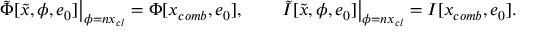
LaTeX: \left. \tilde { \Phi } [ \tilde { x } , \phi , e _ { 0 } ] \right| _ { \phi = n x _ { c l } } = \Phi [ x _ { c o m b } , e _ { 0 } ] , \qquad \left. \tilde { I } [ \tilde { x } , \phi , e _ { 0 } ] \right| _ { \phi = n x _ { c l } } = I [ x _ { c o m b } , e _ { 0 } ] .